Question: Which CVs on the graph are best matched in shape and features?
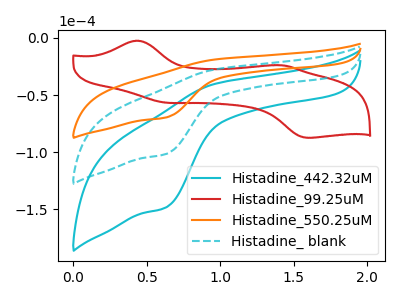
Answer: <think>The cyan curve "Histadine_442.32uM" has an anodic peak at (0.95V, -55.45uA) and a cathodic peak at (0.65V, -203.55uA). The red curve "Histadine_99.25uM" has anodic peaks at (0.45V, -2.35uA) (1.40V, -23.90uA) and cathodic peaks at (0.65V, -56.75uA) (1.60V, -87.45uA). The orange curve "Histadine_550.25uM" has an anodic peak at (0.95V, -19.00uA) and a cathodic peak at (0.65V, -69.70uA). The cyan dashed curve "Histadine_ blank" has an anodic peak at (0.95V, -27.70uA) and a cathodic peak at (0.65V, -101.75uA).
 "Histadine_442.32uM" and "Histadine_99.25uM" have a different number of peaks. All the peaks in "Histadine_442.32uM" have a peak in "Histadine_550.25uM" at the same potential. All the peaks in "Histadine_442.32uM" have a peak in "Histadine_ blank" at the same potential. "Histadine_99.25uM" and "Histadine_550.25uM" have a different number of peaks. "Histadine_99.25uM" and "Histadine_ blank" have a different number of peaks. All the peaks in "Histadine_550.25uM" have a peak in "Histadine_ blank" at the same potential.</think>
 <answer>"Histadine_550.25uM", "Histadine_442.32uM" and "Histadine_ blank" have the same shape and are likely CV's of the same chemical.</answer>
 <eval>"Histadine_550.25uM" "Histadine_442.32uM" "Histadine_ blank"</eval>